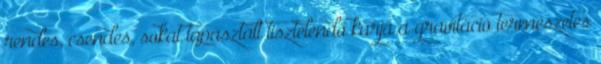
rendes, csendes, sokat tapasztalt tisztelendő karja a gravitáció természetes